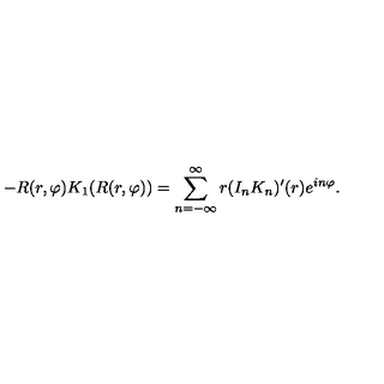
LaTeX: - R ( r , \varphi ) K _ { 1 } ( R ( r , \varphi ) ) = \sum _ { n = - \infty } ^ { \infty } r ( I _ { n } K _ { n } ) ^ { \prime } ( r ) e ^ { i n \varphi } .